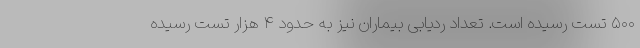
۵۰۰ تست رسیده است. تعداد ردیابی بیماران نیز به حدود ۴ هزار تست رسیده